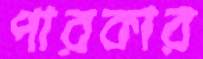
পারকার